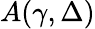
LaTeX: A(\gamma,\Delta)